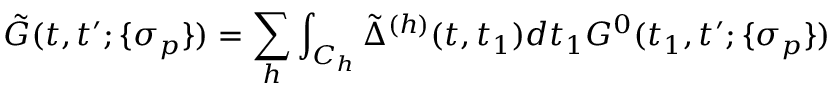
\tilde { G } ( t , t ^ { \prime } ; \{ \sigma _ { p } \} ) = \sum _ { h } \int _ { C _ { h } } \tilde { \Delta } ^ { ( h ) } ( t , t _ { 1 } ) d t _ { 1 } G ^ { 0 } ( t _ { 1 } , t ^ { \prime } ; \{ \sigma _ { p } \} )